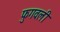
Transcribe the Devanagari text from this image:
फुगवली